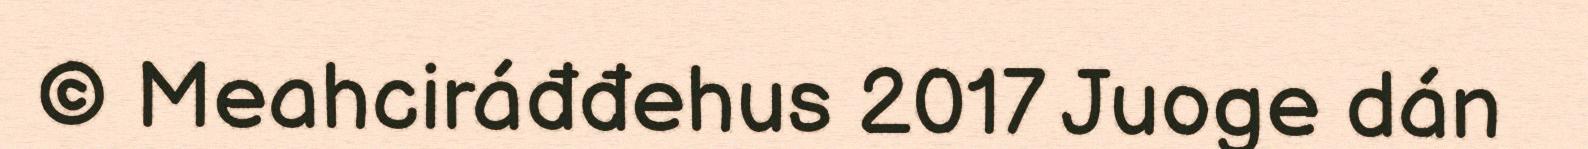
© Meahciráđđehus 2017 Juoge dán